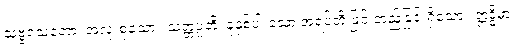
သဗ္ဗသေတော၊ အလုံးစုံသော။ သတ္တပ္ပတိ၊ ခုနှစ်ပါးသော အရပ်တို့ဖြင့် တည်ခြင်းရှိသော။ ဣဒ္ဓိမာ၊